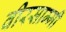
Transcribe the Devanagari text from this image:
वीरसाम्मी